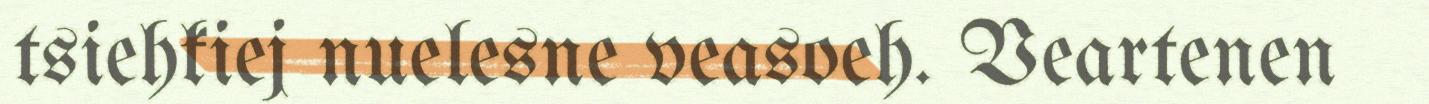
tsiehkiej nuelesne veasoeh. Veartenen